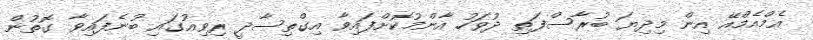
އެމްއެމްއޭ އިން މިދިޔަ ބުރާސްފަތި ދުވަހު އާންމުކޮށްފައިވާ އިގްތިސާދީ ރިވިއުގައި ބުނެފައިވާ ގޮތުން